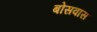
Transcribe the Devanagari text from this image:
बोसवास